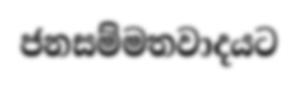
ජනසම්මතවාදයට